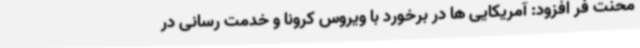
محنت فر افزود: آمریکایی ها در برخورد با ویروس کرونا و خدمت رسانی در